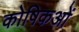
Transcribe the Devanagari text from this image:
कोषिकओं